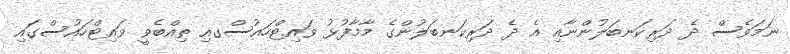
ނަމަވެސް ދެ ދަރިކަނބަލުންނާއި އެ ދެ ދަރިކަނބަލުންގެ މާމާފުޅު ވައިޓްހައުސްގއި ތިއްބެވީ ވައިޓްހައުސްގައި